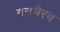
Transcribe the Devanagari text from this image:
वनभैरव